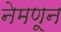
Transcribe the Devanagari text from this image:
नेमणून